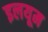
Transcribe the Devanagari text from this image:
इलयूम